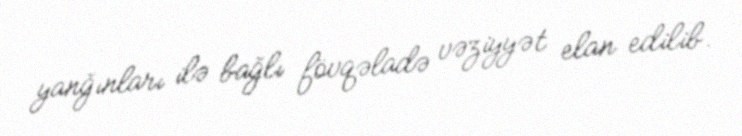
yanğınları ilə bağlı fövqəladə vəziyyət elan edilib.